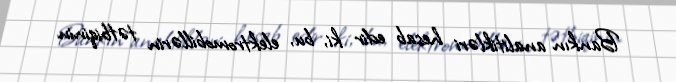
Bankın analitikləri hesab edir ki, bu, elektromobillərin tətbiqinin